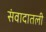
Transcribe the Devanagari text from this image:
संवादातली